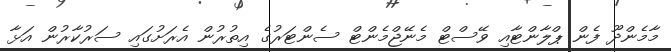
މާމެންދޫ ފެން ޕްލާންޓާއި ވޭސްޓް މެނޭޖްމެންޓް ސެންޓަރުގެ އިތުރުން އެރަށުގައި ސަރުކާރުން އަޅާ